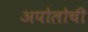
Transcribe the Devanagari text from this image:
अपोलोची